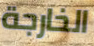
الخارجة